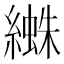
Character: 𦅱